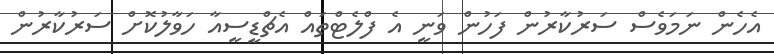
އެހެން ނަމަވެސް ސަރުކާރުން ފަހުން ވަނީ އެ ފްލެޓްތައް އެޗްޑީސީއާ ހަވާލުކޮށް ސަރުކާރުން